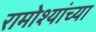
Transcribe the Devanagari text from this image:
रामोश्यांच्या